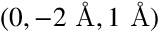
( 0 , - 2 \textup { \AA } , 1 \textup { \AA } )